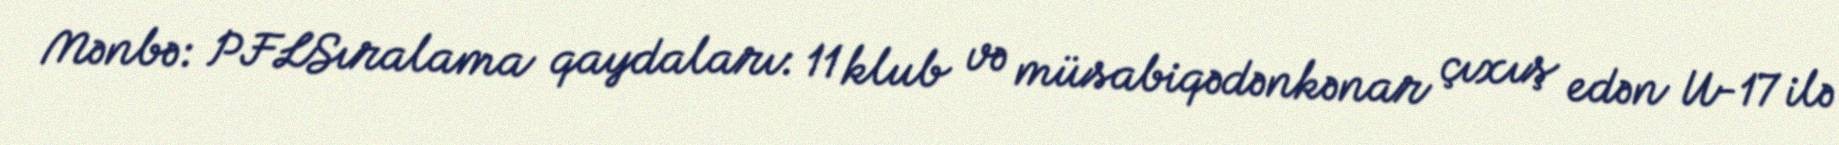
Mənbə: PFLSıralama qaydaları: 11 klub və müsabiqədənkənar çıxış edən U-17 ilə